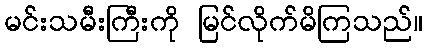
မင်းသမီးကြီးကို မြင်လိုက်မိကြသည်။